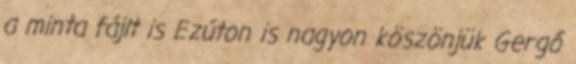
a minta fájlt is Ezúton is nagyon köszönjük Gergő